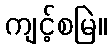
ကျင့်စမြဲ။